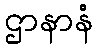
ဌာနာနံ